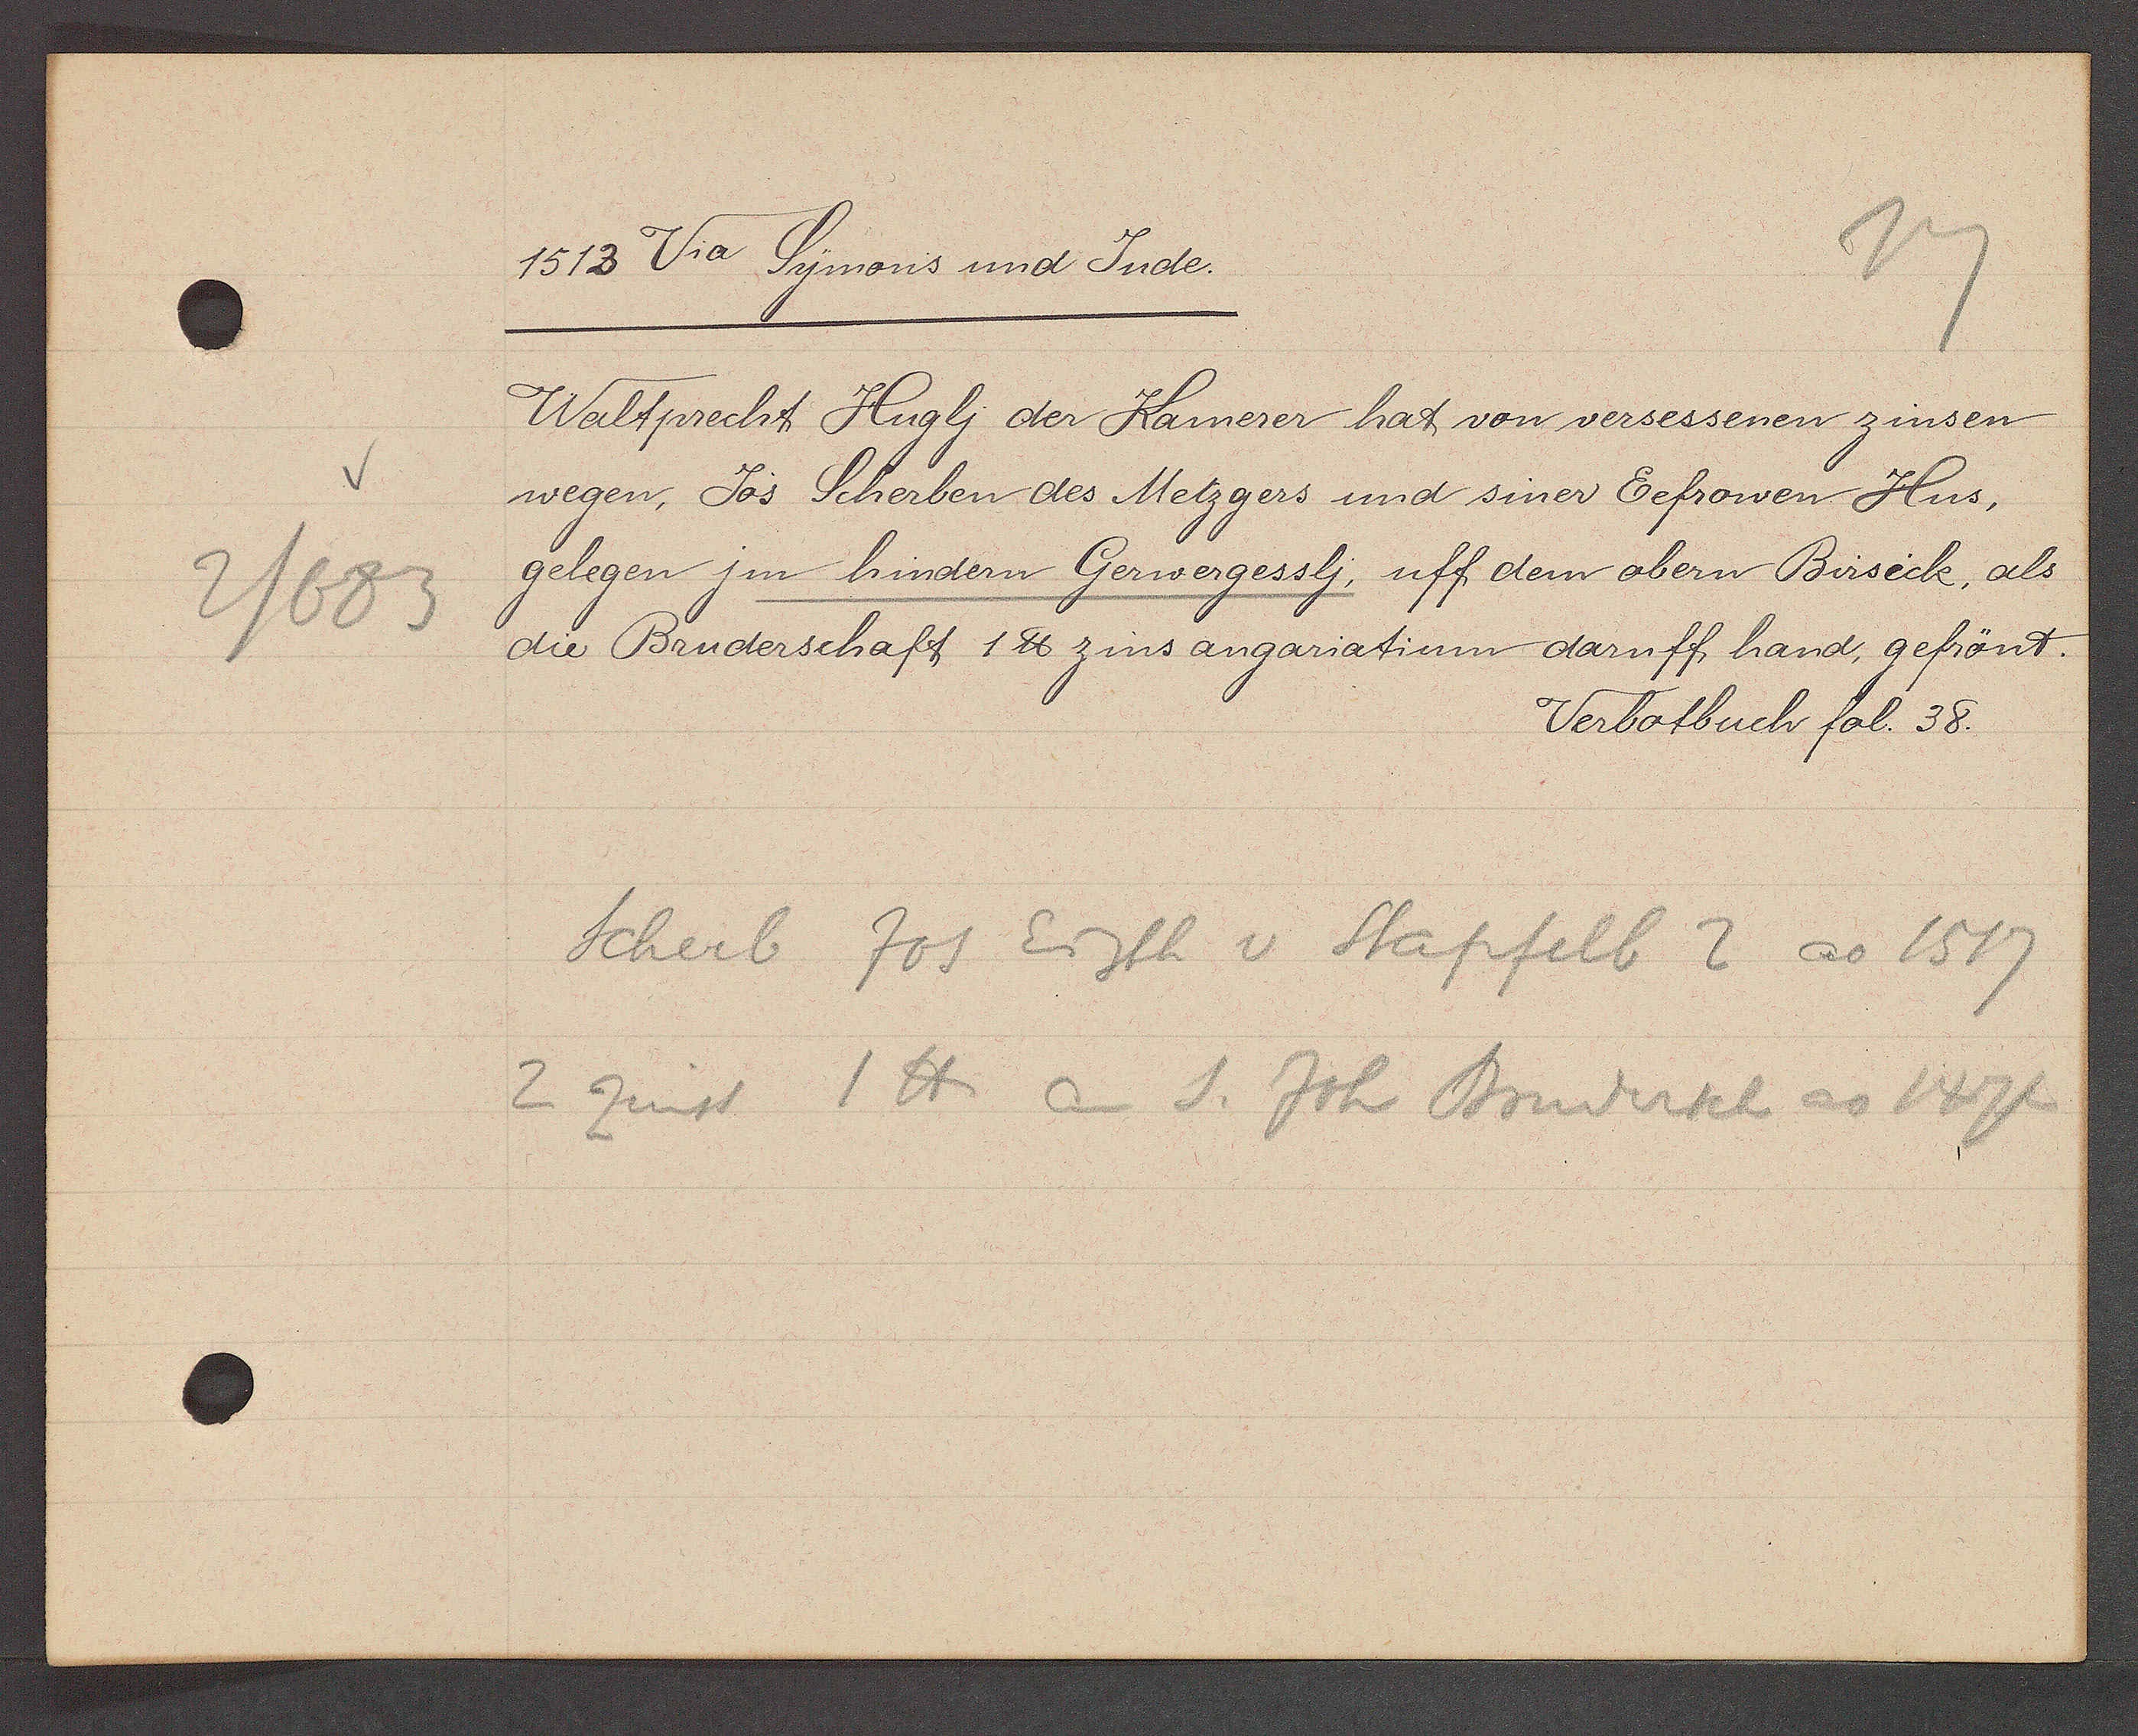
Transcript:
V
2/683

1513 Via Symons und Jude.

Waltprecht Huglj der Kamerer hat von versessenen zinsen
wegen, Jos Scherben des Metzgers und siner Eefrowen Hus,
gelegen jm hindern Gerwergesslj, uff dem obern Birseck, als
die Bruderschaft 1 ℔ zins angariatium daruff hand, gefrönt.

Verbotbuch fol. 38.

Scherb Jos Eigth v Stapfelb 2 ao 1517
2 zinst 1 ℔ an S. Joh Brudersch ao 1474